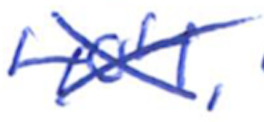
Text: 404,
Cross-out: cross
Writing tool: ballpoint